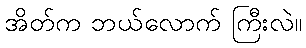
အိတ်က ဘယ်လောက် ကြီးလဲ။